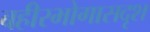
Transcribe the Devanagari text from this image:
बहीरभोगासदृश